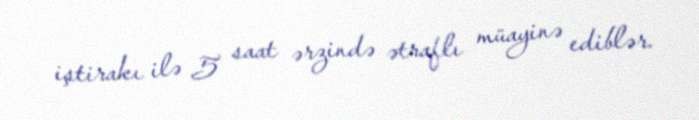
iştirakı ilə 5 saat ərzində ətraflı müayinə ediblər.